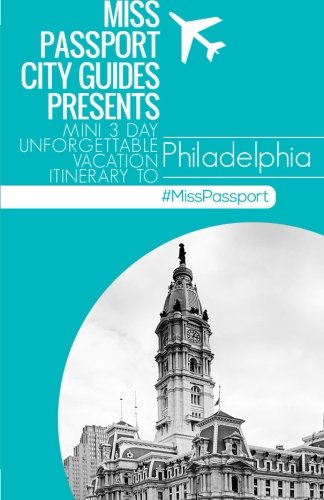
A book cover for Miss Passport City Guides Presents:  Mini 3 day Unforgettable Vacation Itinerary to Philadelphia (Miss Passport Travel Guides Book ); Sharon Bell; Travel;